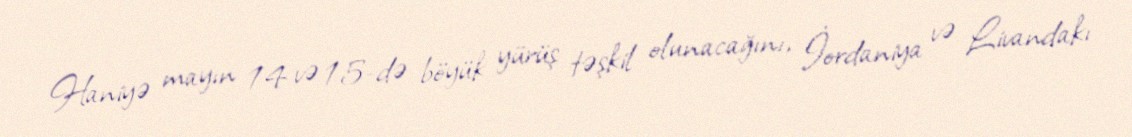
Haniyə mayın 14 və 15-də böyük yürüş təşkil olunacağını, İordaniya və Livandakı